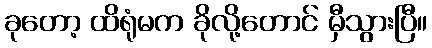
ခုတော့ ထိရုံမက ခိုလို့တောင် မှီသွားပြီ။